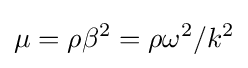
\mu =\rho \beta ^{2}=\rho \omega ^{2}/k^{2}